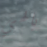
يالهي